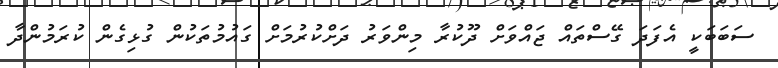
ސަބަބަކީ އެފަދަ ގޭސްތައް ޖައްވަށް ދޫކުރާ މިންވަރު ދަށްކުރުމަށް ގައުމުތަކުން ގުޅިގެން ކުރަމުންދާ